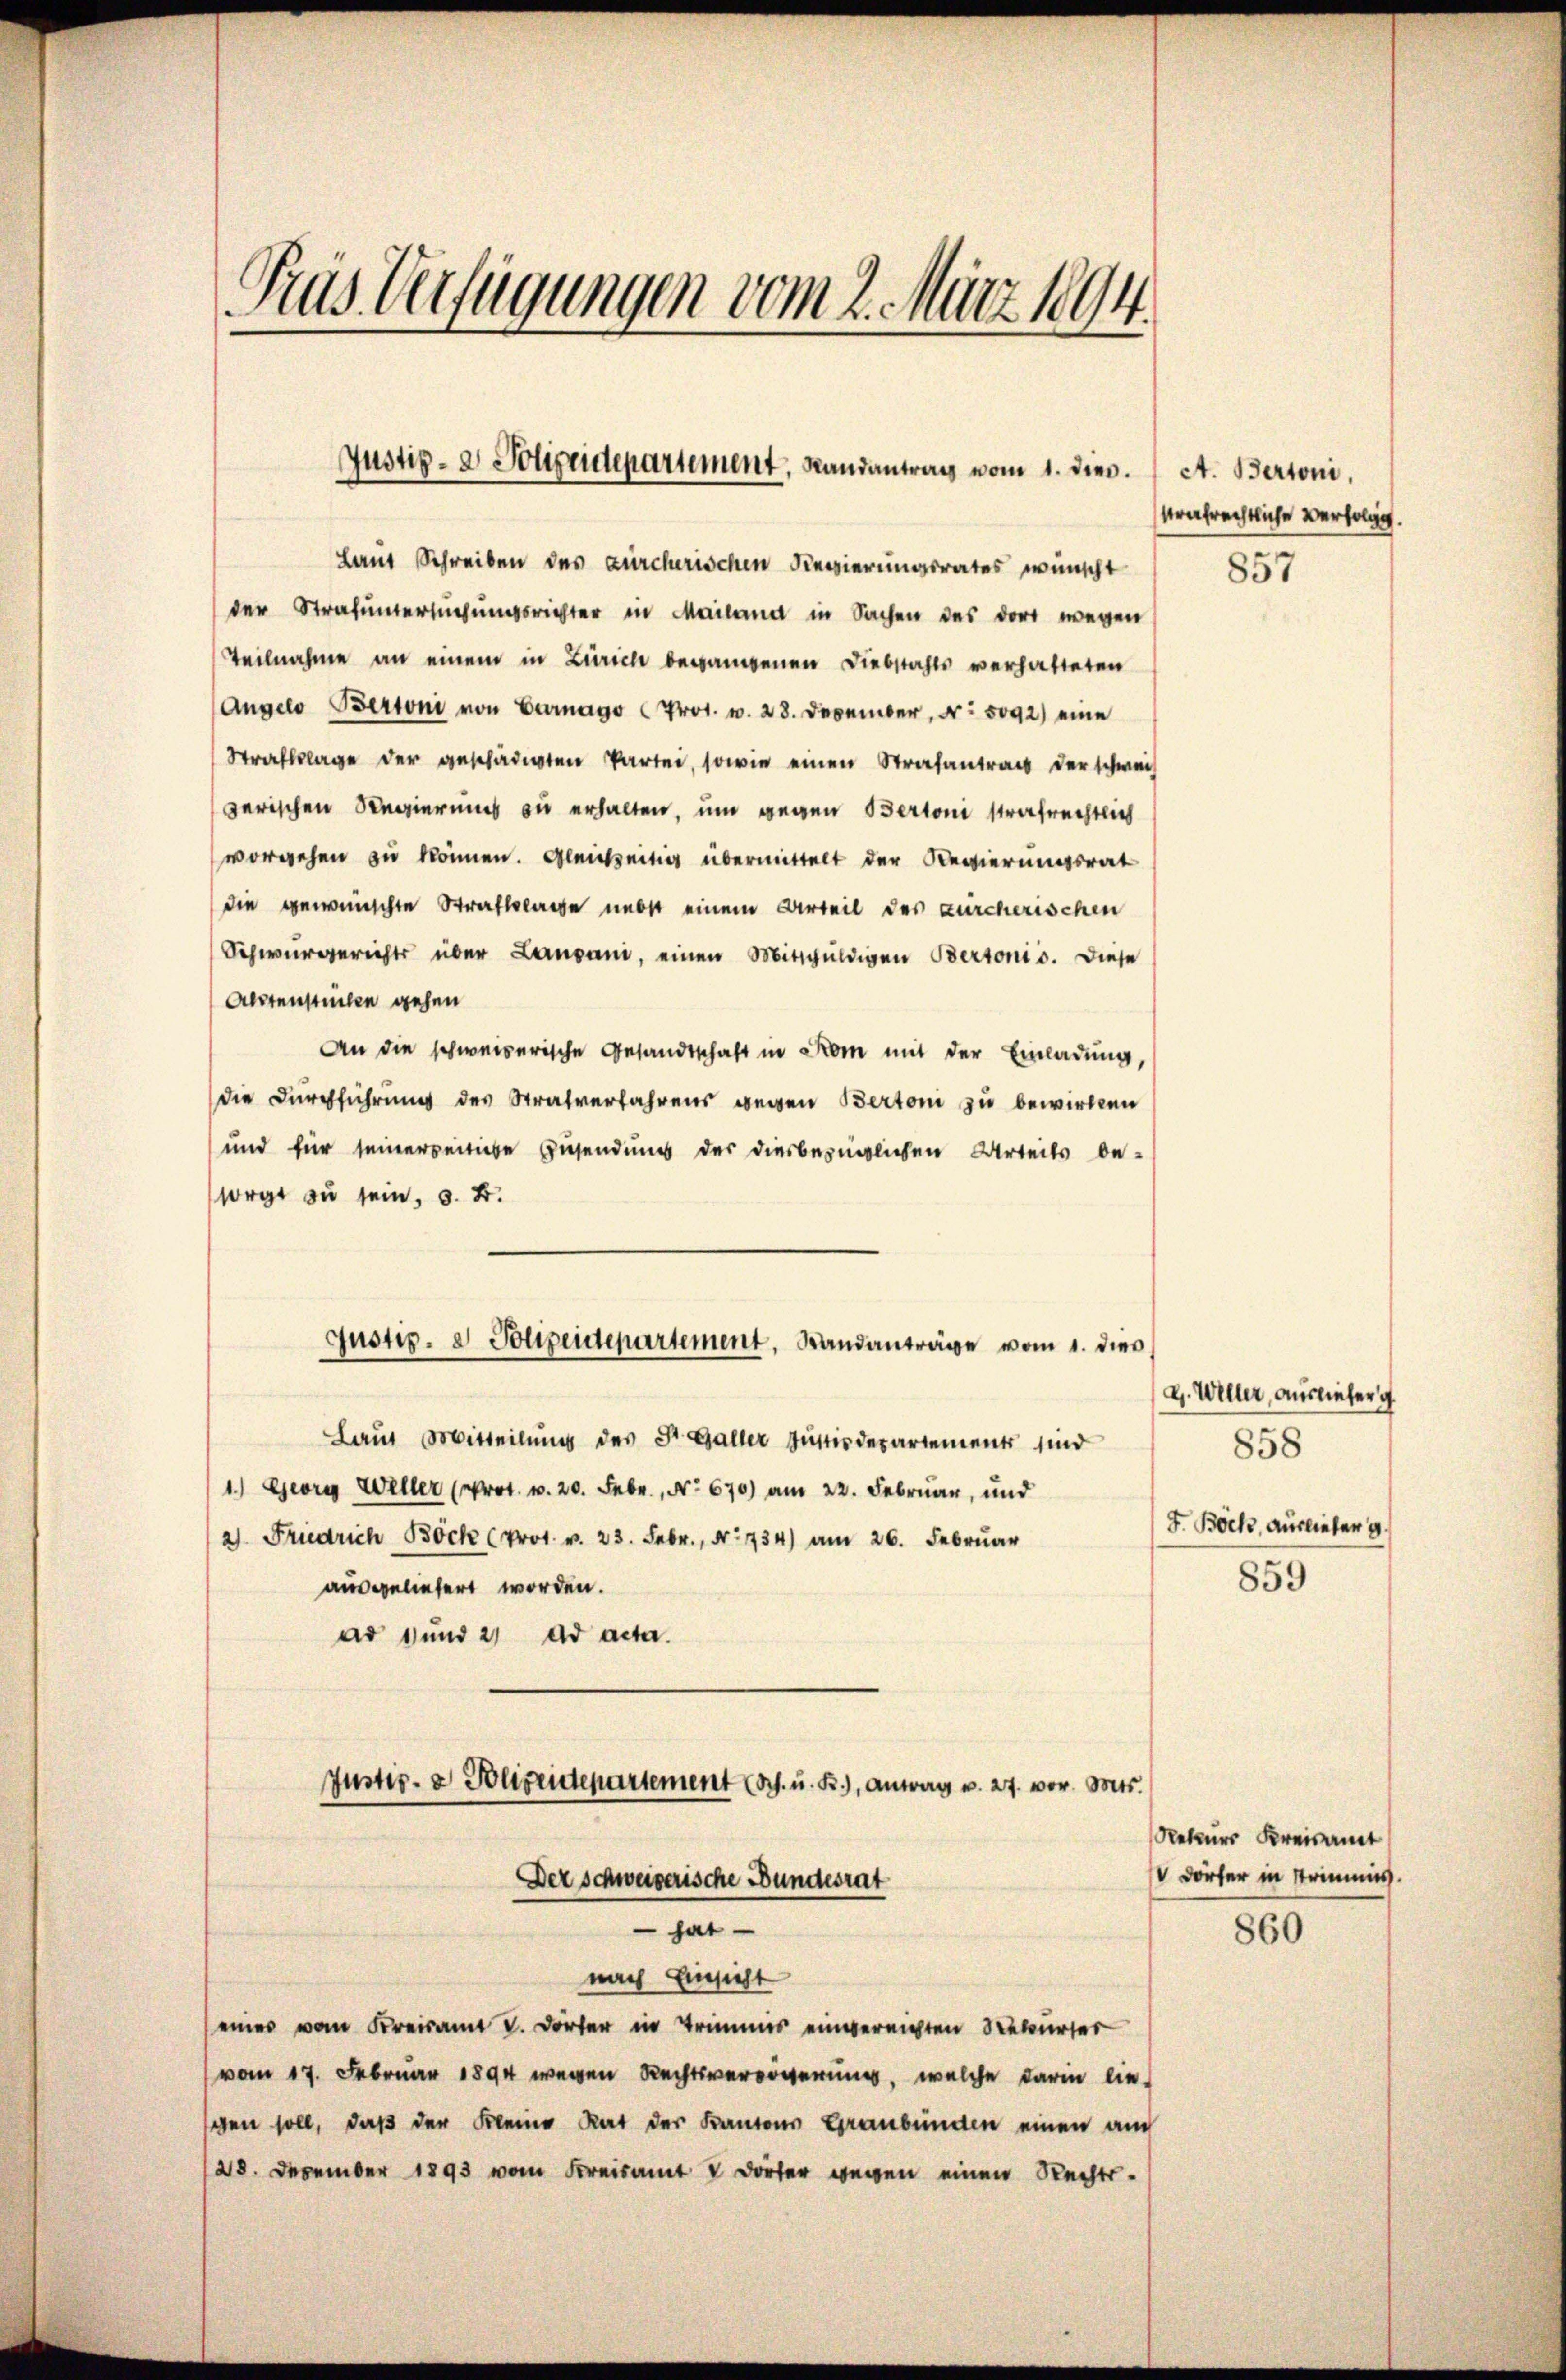
Prus Verfügungen vom 2. März 1894.

Laut Schreiben des zürcherischen Regierungsrates wünscht
der Strafuntersuchungsrichter in Mailand in Sachen des dort wegen
Teilnahme an einem in Zürich begangenen Diebstahls verhalteten
Angelo Bertoni von Curago Prot. v. 28. December, Nr. 5092) eine
Strafklage der geschädigten Partei, sowie einen Strafantrag der schwei
derischen Regierung zu erhalten, um gegen Bertoni strafrechtlich
vorgehen zu können. Gleichzeitig übermittelt der Regierungsrat
die gewünschte Strafklage nebst einem Urteil des zürcherischen
Schwurgerichts über Lausani, einen Mitschuldigen Bertonio. Diese
Alstensteilen gehen
An die schweizerische Gesandtschaft in Kom mit der Einladung,
die Durchführung des Strafverfahrens wegen Bertoni zu bewirken
und für seiner periebe Zusendung der diesbezüglichen Urteils be-
sorgt zu sein, d. B.
Justiz- & Polizeidepartement, Landanträge vom 1. dies
Laut Mitteilung des St. Galler Justizdepartement sind
1.) Georg Weller (Prot. v. 20. Febr., No 670) am 22. Februar, und
2) Friedrich Bock (Prot. v. 23. Febr., No 734) am 26. Februar
ausgeliefert worden.
ad und 21 ad acta.
Justiz- & Polizeidepartement (s. u. R.), anweg u. 27. vor. Mts.

Justiz- & Polizeidepartement, Landantrag vom 1. dies.   A. Bertoni,

Der schweizerische Bundesrat
hat
nach Einsicht
eines vom Kreisamt V. Dörfer in Trimmis eingereichten Rekurser
vom 17. Februar 1894 wegen Rechtsverorderung, welche darin lie-
gen soll, daß der Kleine Rat der Kantons Graubünden einen auch
28. Dezember 1893 vom Kreisamt V Dörter gegen einen Rechts-

trafrechtliche Verfolg.

857

g. Willer, Ausliefer g
858
F. Bock. Auslieber g
859

Reteurs Kreisamt
V Dörfer in Trimmis

860